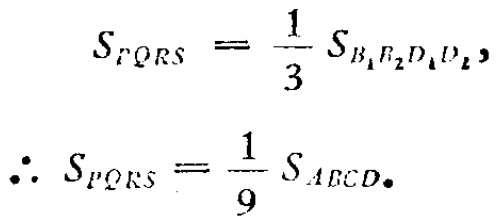
\[
S_{PQRS} = \frac{1}{3} S_{B_{1}B_{2}D_{1}D_{2}}, \\
\therefore S_{PQRS} = \frac{1}{9} S_{ABCD}.
\]